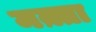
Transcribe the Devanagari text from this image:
मक़्ता